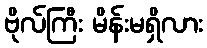
ဗိုလ်ကြီး မိန်းမရှိလား